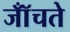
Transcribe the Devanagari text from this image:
जॉँचते